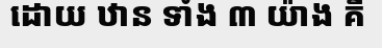
ដោយ ឋាន ទាំង ៣ យ៉ាង គឺ